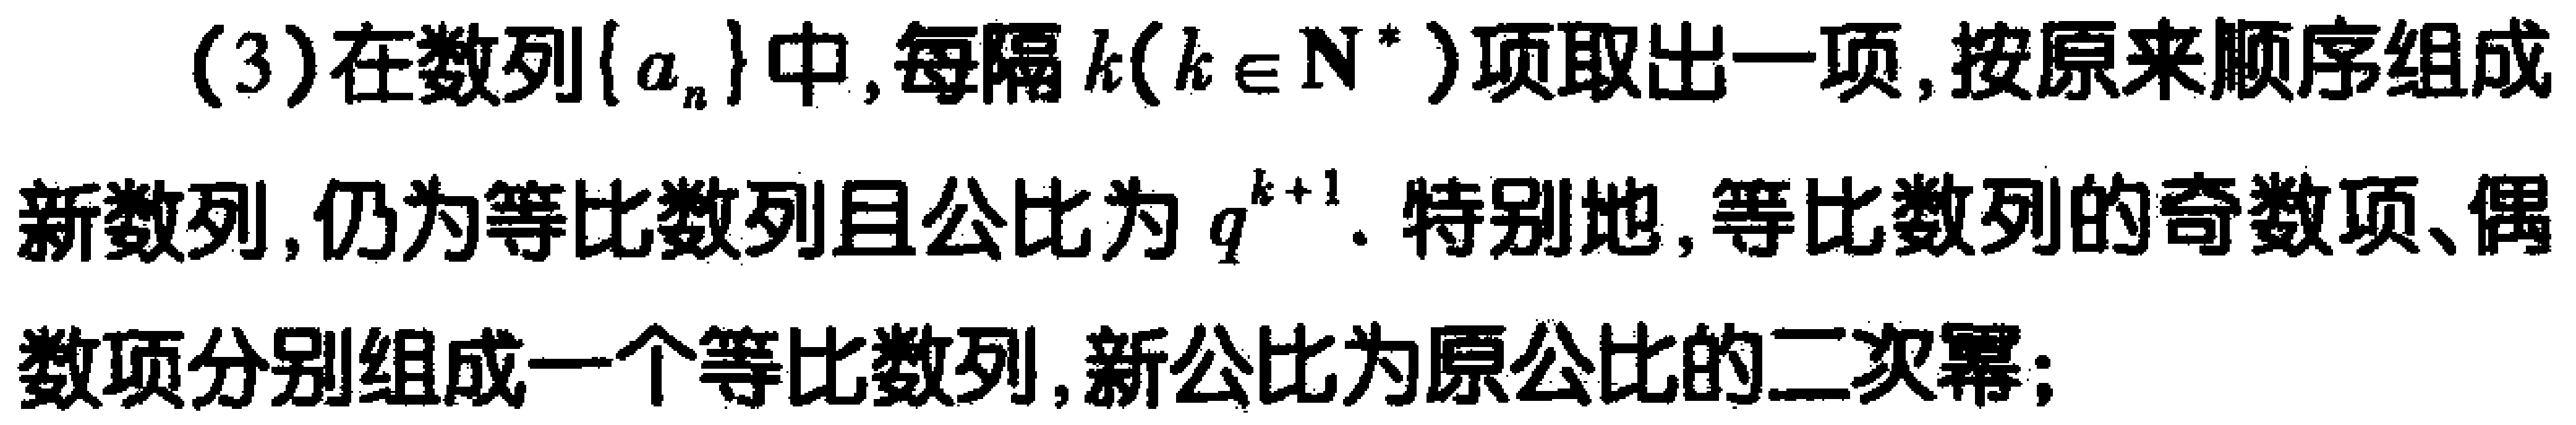
(3)在数列\(\{a_{n}\}\)中, 每隔\(k(k\in \mathbf{N}^{*})\)项取出一项, 按原来顺序组成新数列, 仍为等比数列且公比为\(q^{k + 1}\). 特别地, 等比数列的奇数项、偶数项分别组成一个等比数列, 新公比为原公比的二次幂;